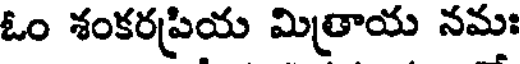
ఓం శంకరప్రియ మిత్రాయ నమః